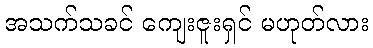
အသက်သခင် ကျေးဇူးရှင် မဟုတ်လား